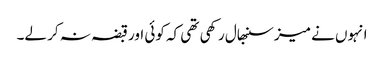
انہوں نے میز سنبھال رکھی تھی کہ کوئی اور قبضہ نہ کر لے۔